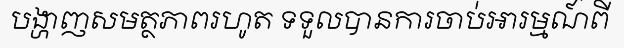
បង្ហាញសមត្ថភាពរហូត ទទួលបានការចាប់អារម្មណ៍ពី